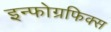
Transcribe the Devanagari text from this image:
इन्फोग्रफिक्स